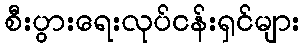
စီးပွားရေးလုပ်ငန်းရှင်များ